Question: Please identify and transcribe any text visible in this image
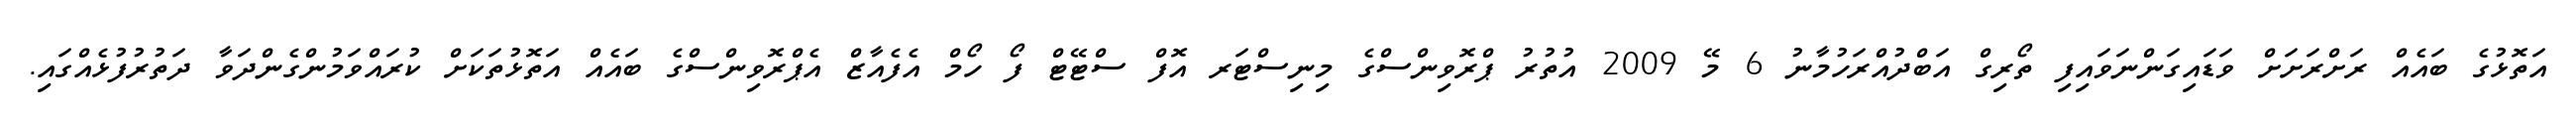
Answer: އަތޮޅުގެ ބައެއް ރަށްރަށަށް ވަޑައިގަންނަވައިފި ތޯރިގް އަބްދުއްރަހުމާނު 6 މޭ 2009 އުތުރު ޕްރޮވިންސްގެ މިނިސްޓަރ އޮފް ސްޓޭޓް ފޯ ހޯމް އެފެއާޒް އެޕްރޮވިންސްގެ ބައެއް އަތޮޅުތަކަށް ކުރައްވަމުންގެންދަވާ ދަތުރުފުޅެއްގައި.